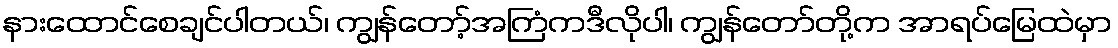
နားထောင်စေချင်ပါတယ်၊ ကျွန်တော့်အကြံကဒီလိုပါ၊ ကျွန်တော်တို့က အာရပ်မြေထဲမှာ